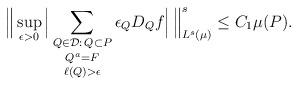
LaTeX: \begin{align*}\Big\| \sup_{\epsilon > 0} \Big| \mathop{\mathop{\sum_{Q \in \mathcal{D}:\, Q \subset P}}_{Q^a = F}}_{\ell(Q) > \epsilon} \epsilon_Q D_Q f \Big|\, \Big\|_{L^s(\mu)}^s \le C_1\mu(P).\end{align*}